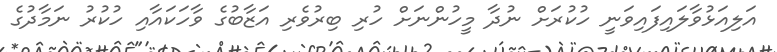
އަލިއަޅުވާލައިފައިވަނީ ހުކުރަށް ނުދާ މީހުންނަށް ހުރި ބިރުވެރި އަޒާބުގެ ވާހަކައާއި ހުކުރު ނަމާދުގެ